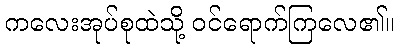
ကလေးအုပ်စုထဲသို့ ဝင်ရောက်ကြလေ၏။